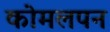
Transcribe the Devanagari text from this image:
कोमलपन